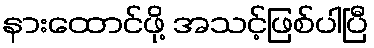
နားထောင်ဖို့ အသင့်ဖြစ်ပါပြီ